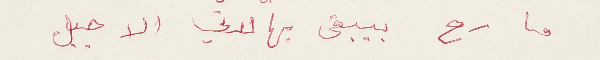
ما رح بيبقى بهالدني الا جبل